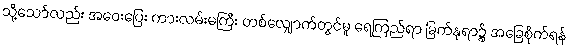
သို့သော်လည်း အဝေးပြေး ကားလမ်းမကြီး တစ်လျှောက်တွင်မူ ရေကြည်ရာ မြက်နုရာ၌ အခြေစိုက်ရန်